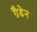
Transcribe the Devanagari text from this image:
ग्रैडेन